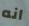
انه